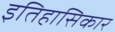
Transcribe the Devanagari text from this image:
इतिहासिकार